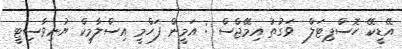
އޭޑީކޭ ހޮސްޕިޓަލް  ވަގުތު އިމޭޖްސް : އަމީން ފަހްމީ އިސްލާމިކް ޔުނިވާސިޓީ